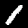
Digit: 1